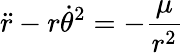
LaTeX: {\ddot{r}}-r{\dot{\theta}}^{2}=-{\frac{\mu}{r^{2}}}